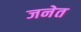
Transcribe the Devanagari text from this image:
जनेत